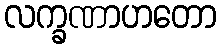
လက္ခဏာဟတော